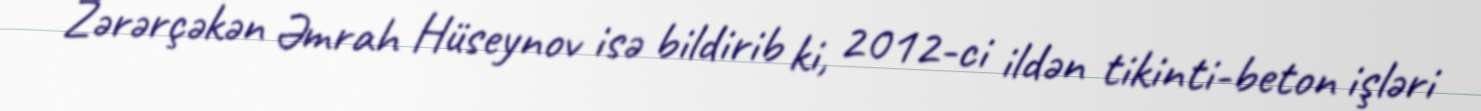
Zərərçəkən Əmrah Hüseynov isə bildirib ki, 2012-ci ildən tikinti-beton işləri